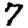
Digit: 7